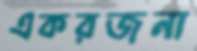
একরজনা